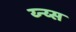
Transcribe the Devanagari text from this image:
य्न्य्स